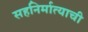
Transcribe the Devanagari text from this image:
सहनिर्मात्याची